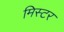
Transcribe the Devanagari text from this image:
मिस्‍टर